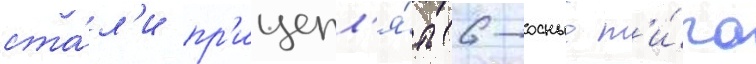
ста́л'и пр'ицепл'я́ть 6-осные т'и́па